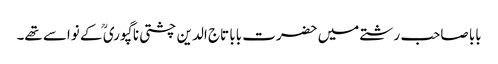
بابا صاحب رشتے میں حضرت بابا تاج الدین چشتی نا گپوری ؒ کے نواسے تھے۔